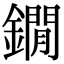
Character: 鐗